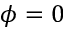
\phi = 0